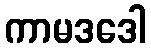
ကာမဒဒေါ